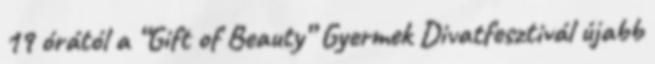
19 órától a “Gift of Beauty” Gyermek Divatfesztivál újabb